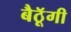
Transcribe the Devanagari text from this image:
बैठॅूगी